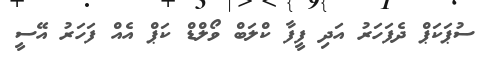
ސުޕަކަޕް ދެފަހަރު އަދި ފީފާ ކްލަބް ވޯލްޑް ކަޕް އެއް ފަހަރު އޭސީ